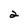
Character: 2